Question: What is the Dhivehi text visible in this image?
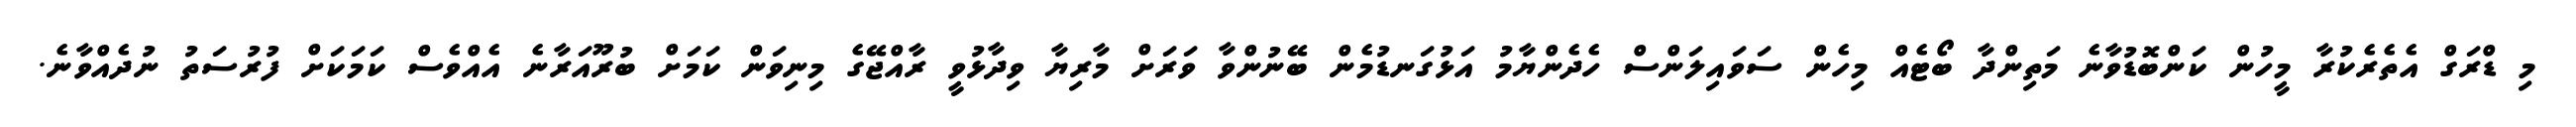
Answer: މި ޑްރަގް އެތެރެކުރާ މީހުން ކަންބޮޑުވާނެ މަތިންދާ ބޯޓެއް މިހެން ސަވައިލަންސް ހެދެންޔާމު އަޅުގަނޑުމެން ބޭނުންވާ ވަރަށް މާރިޔާ ވިދާޅުވީ ރާއްޖޭގެ މިނިވަން ކަމަށް ބުރޫއަރާނެ އެއްވެސް ކަމަކަށް ފުރުސަތު ނުދެއްވާނެ.